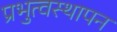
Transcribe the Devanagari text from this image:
प्रभुत्वस्थापन